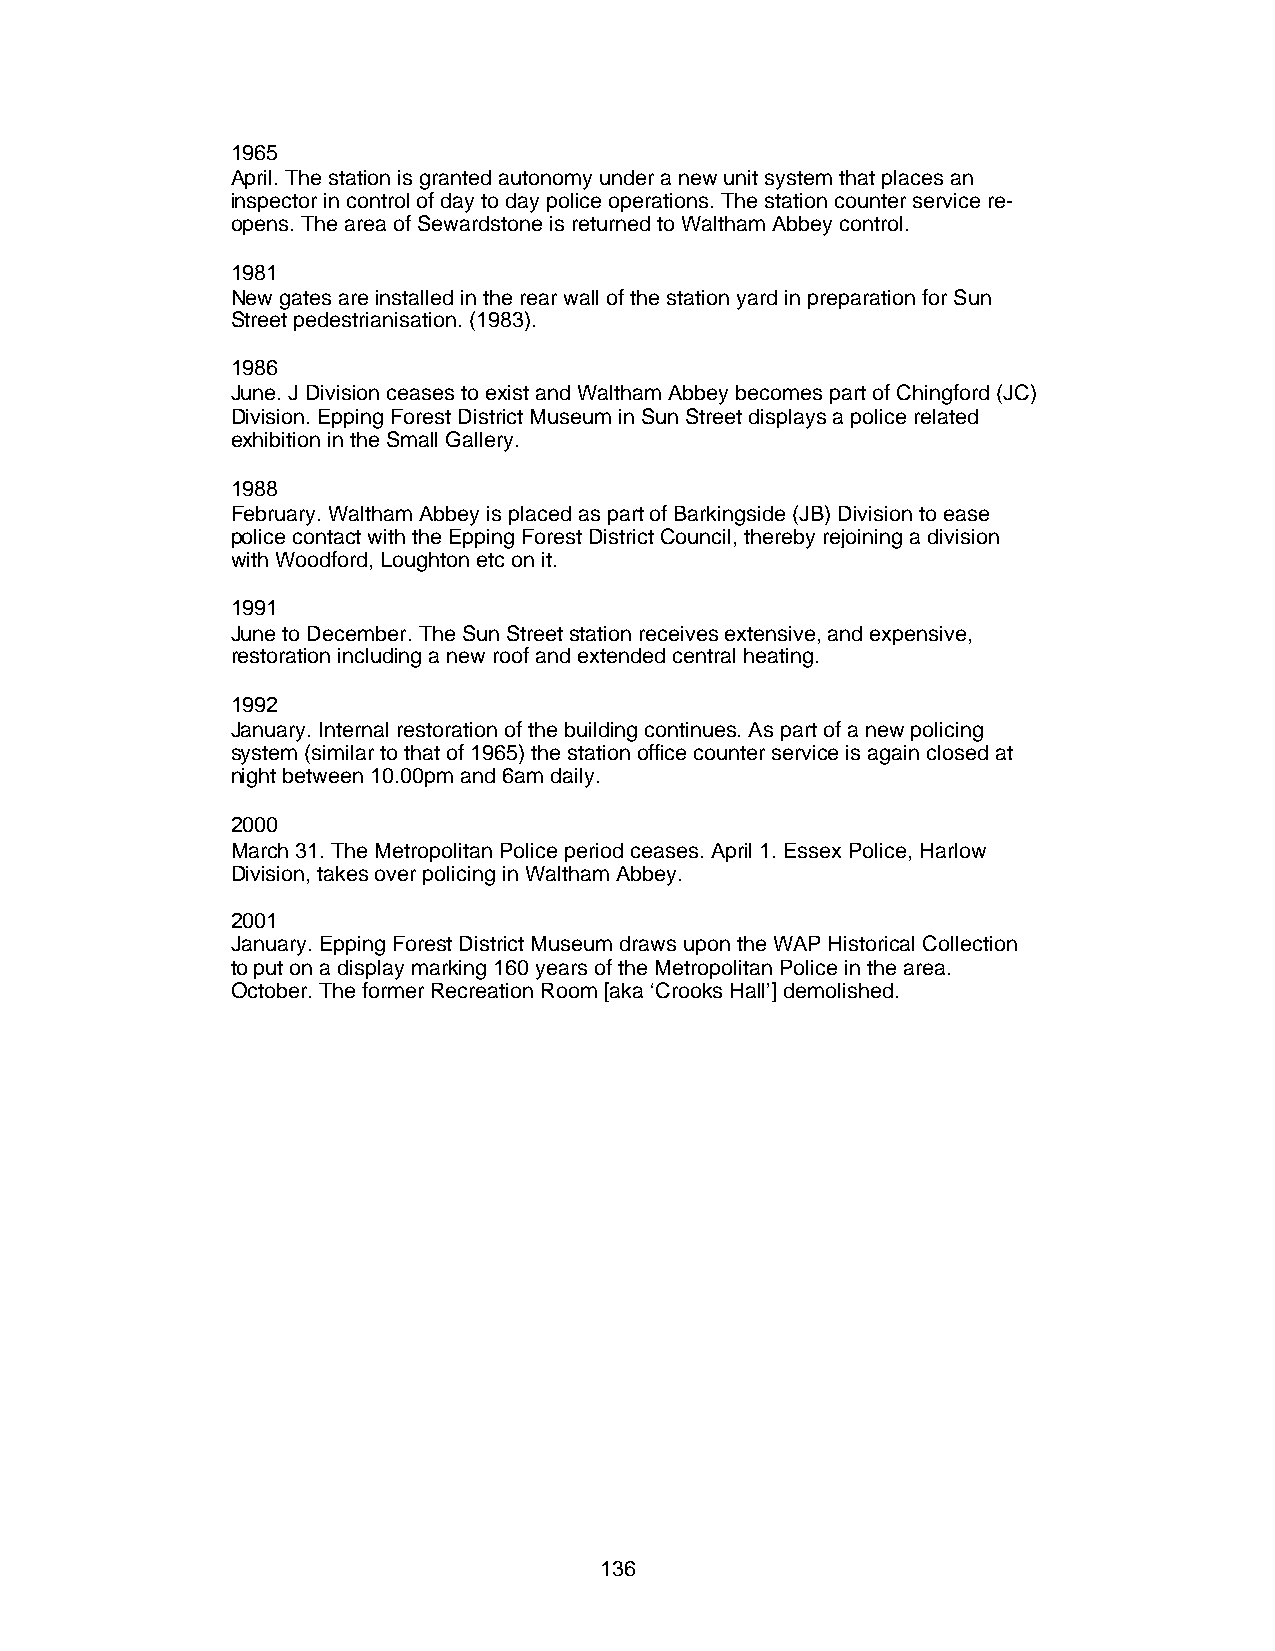
1965
 April. The station is granted autonomy under a new unit system that places an
 inspector in control of day to day police operations. The station counter service re-
 opens. The area of Sewardstone is returned to Waltham Abbey control.
 1981
 New gates are installed in the rear wall of the station yard in preparation for Sun
 Street pedestrianisation. (1983).
 1986
 June. J Division ceases to exist and Waltham Abbey becomes part of Chingford (JC)
 Division. Epping Forest District Museum in Sun Street displays a police related
 exhibition in the Small Gallery.
 1988
 February. Waltham Abbey is placed as part of Barkingside (JB) Division to ease
 police contact with the Epping Forest District Council, thereby rejoining a division
 with Woodford, Loughton etc on it.
 1991
 June to December. The Sun Street station receives extensive, and expensive,
 restoration including a new roof and extended central heating.
 1992
 January. Internal restoration of the building continues. As part of a new policing
 system (similar to that of 1965) the station office counter service is again closed at
 night between 10.00pm and 6am daily.
 2000
 March 31. The Metropolitan Police period ceases. April 1. Essex Police, Harlow
 Division, takes over policing in Waltham Abbey.
 2001
 January. Epping Forest District Museum draws upon the WAP Historical Collection
 to put on a display marking 160 years of the Metropolitan Police in the area.
 October. The former Recreation Room [aka ‘Crooks Hall’] demolished.
 136